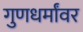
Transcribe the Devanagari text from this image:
गुणधर्मांवर